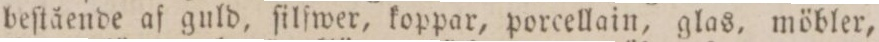
beſtående af guld, ſilfwer, koppar, porcellain, glas, möbler,